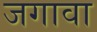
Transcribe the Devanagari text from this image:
जगावा